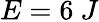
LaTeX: E=6~J